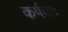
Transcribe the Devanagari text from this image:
कर्षकः